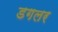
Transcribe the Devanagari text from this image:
डगलर